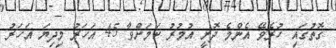
ގޮތުގައި ހުރެވޭ އެންމެ ދޮށީ އުމުރު ކަމަށްވާ 45 އަހަރު މިދިޔަ އަހަރު